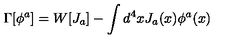
\Gamma [ \phi ^ { a } ] = W [ J _ { a } ] - \int d ^ { 4 } x J _ { a } ( x ) \phi ^ { a } ( x )